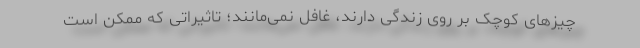
چیزهای کوچک بر روی زندگی دارند، غافل نمی‌مانند؛ تاثیراتی که ممکن است